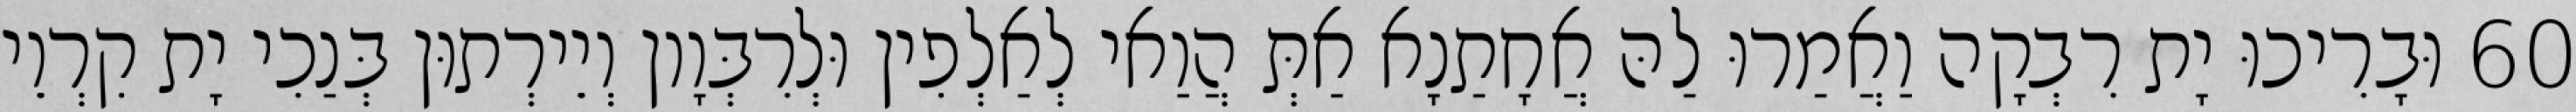
60 וּבָרִיכוּ יָת רִבְקָה וַאֲמַרוּ לַהּ אֲחָתַנָא אַתְּ הֲוַאי לְאַלְפִין וּלְרִבְּוָון וְיֵירְתוּן בְּנַכִי יָת קִרְוֵי